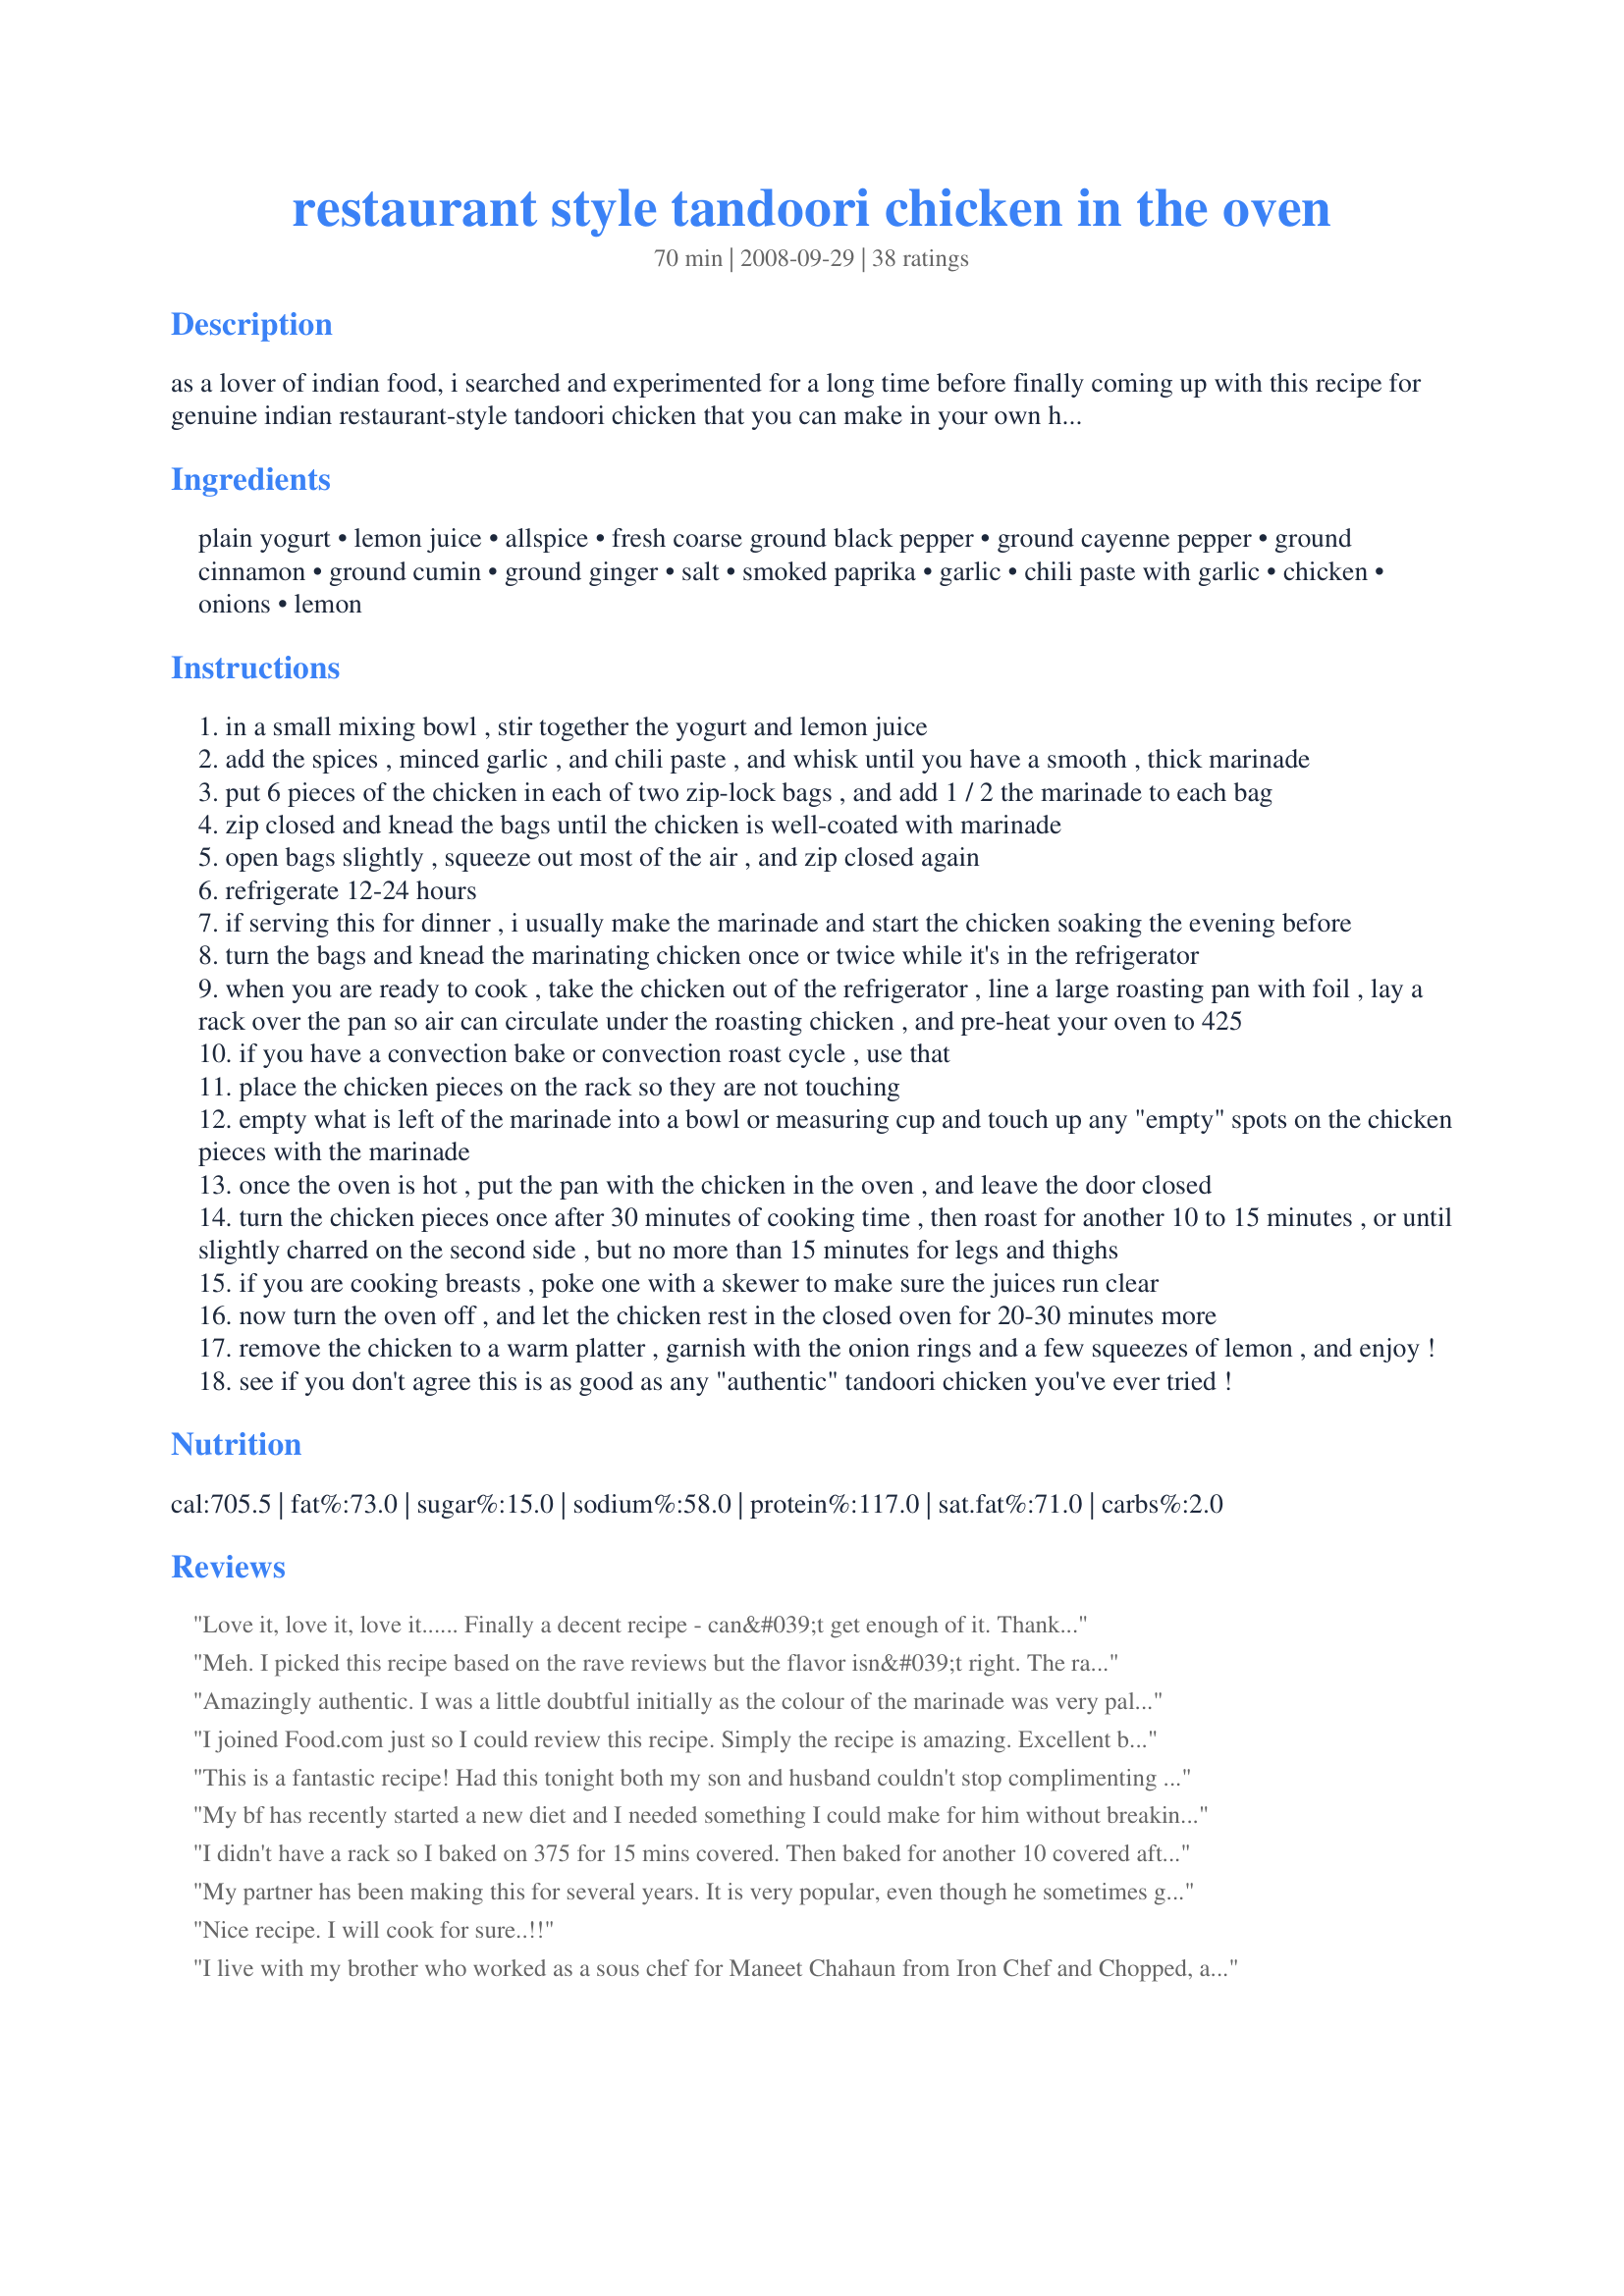
restaurant style tandoori chicken in the oven
Preparation time: 70 minutes

as a lover of indian food, i searched and experimented for a long time before finally coming up with this recipe for genuine indian restaurant-style tandoori chicken that you can make in your own home oven.

this recipe was just voted best tandoori chicken in san francisco by our "completely unbiased" review panel (consisting of several friends who have haunted san francisco's indian restaurants with us for the last few years!)

seriously, if you like tandoori chicken, you are going to love this one -- and it's easy, on top of that...

the quantities below make enough marinade for 4 generous servings -- we usually make a package each of 6 drumsticks and 6 thighs, but it would work equally well for a breast and leg quarter each for 4, as well.

Ingredients:
plain yogurt, lemon juice, allspice, fresh coarse ground black pepper, ground cayenne pepper, ground cinnamon, ground cumin, ground ginger, salt, smoked paprika, garlic, chili paste with garlic, chicken, onions, lemon

Steps:
in a small mixing bowl , stir together the yogurt and lemon juice
add the spices , minced garlic , and chili paste , and whisk until you have a smooth , thick marinade
put 6 pieces of the chicken in each of two zip-lock bags , and add 1 / 2 the marinade to each bag
zip closed and knead the bags until the chicken is well-coated with marinade
open bags slightly , squeeze out most of the air , and zip closed again
refrigerate 12-24 hours
if serving this for dinner , i usually make the marinade and start the chicken soaking the evening before
turn the bags and knead the marinating chicken once or twice while it's in the refrigerator
when you are ready to cook , take the chicken out of the refrigerator , line a large roasting pan with foil , lay a rack over the pan so air can circulate under the roasting chicken , and pre-heat your oven to 425
if you have a convection bake or convection roast cycle , use that
place the chicken pieces on the rack so they are not touching
empty what is left of the marinade into a bowl or measuring cup and touch up any "empty" spots on the chicken pieces with the marinade
once the oven is hot , put the pan with the chicken in the oven , and leave the door closed
turn the chicken pieces once after 30 minutes of cooking time , then roast for another 10 to 15 minutes , or until slightly charred on the second side , but no more than 15 minutes for legs and thighs
if you are cooking breasts , poke one with a skewer to make sure the juices run clear
now turn the oven off , and let the chicken rest in the closed oven for 20-30 minutes more
remove the chicken to a warm platter , garnish with the onion rings and a few squeezes of lemon , and enjoy !
see if you don't agree this is as good as any "authentic" tandoori chicken you've ever tried !

Reviews:
Love it, love it, love it......

Finally a decent recipe - can&#039;t get enough of it. Thank you very much for sharing.
Meh. I picked this recipe based on the rave reviews but the flavor isn&#039;t right. The ratios are off - too much allspice and cinnamon - and there&#039;s something missing. It doesn&#039;t taste bad, but neither does it taste like Tandoori Chicken.
Amazingly authentic. I was a little doubtful initially as the colour of the marinade was very pale but I realised when it was cooked and how great it tasted that the deep red colour in other dishes is probably colouring. Adding this recipe to my collection to make again.
I joined Food.com just so I could review this recipe. Simply the recipe is amazing. Excellent blend of flavors, easy to prepare and authentic tasting. THANK YOU JewelerByTradeChefWannabe!!!!!
This is a fantastic recipe! Had this tonight both my son and husband couldn't stop complimenting the chicken. I marinated chicken for 24 hours and with each bite you could taste all the flavors. Used only skinless chicken breast so my cooking time was cut to 30 minutes plus I had the heat at 375, so perfect!
My bf has recently started a new diet and I needed something I could make for him without breaking it but something different. Think I just found it thanks!
I didn't have a rack so I baked on 375 for 15 mins covered. Then baked for another 10 covered after flipping. I then baked for another 10 on 300 uncovered. The meat is nice and juicy but it is not spicy at all. The cinnamon is over-powering. Need to tweak for the future.
My partner has been making this for several years. It is very popular, even though he sometimes goes overboard with the chili. I came back here to print it again because our copy look worse for wear.
Nice recipe. I will cook for sure..!!
I live with my brother who worked as a sous chef for Maneet Chahaun from Iron Chef and Chopped, and I made this recipe twice for him in the past week alone. If anyone knows Indian food, it&#039;s him- and he goes back for seconds. My mother demanded the recipe. She was blown away at how tender the chicken turned out. We even made it for Christmas dinner. The only change I&#039;ve made is I add extra lemon and garlic. Be sure to use freshly minced garlic and be careful not to over cook the chicken. The house smells amazing when this is in the oven. I highly recommend it! Pair it with naan bread, cooked with butter, garlic and a little Parmesan.
Lovely!<br/><br/>I made a few modifications, which is normal for me. I tripled the amount of cayenne pepper, doubled the black pepper, quadrupled the paprika, and quadrupled the garlic. Used about double the chilli paste. (We like spiced up stuff in this house.) Used water buffalo curd instead of yoghurt - very similar dairy product, but the wb curd is thicker. Didn't have ginger *gasp!*, so that was omitted. Used about 1/2 to 2/3 the chicken and added chunks of potatoes and onions, all smothered in the yoghurt sauce. Didn't have time to marinade, so tossed all of it in a baking dish, so the chicken was not suspended, but rather sat in all the sauce along with everything else. Baked it for a bit over an hour, turning and stirring in between.<br/><br/>Love love love love love it. Will definitely make this again. :)
Well, that was disappointing. The whole &#039;no peeking&#039; didn&#039;t work out and the chicken is so dry and overcooked I can&#039;t even eat it. I had to throw it away in the trash and just bake it like I usually do in a pan. t
This is a really easy, great tasting recipe. The first time I only used chicken thighs and they turned out good. The second time I used a whole chicken, I made twice the amount of the marinate sauce, cooked in the oven at 400 degrees for about an hour cover, then uncovered it and broil it on both sides. It turned out great!! I did not have the Thai paste, but I use chilli powder. It was a bit spicy, very tasty.
When we go to our local market just because we are hungry for some street food in the shape of tandoori chicken we find these marinated pieces with a colour already added, dash of orange along with the different Herbs and Spices and plenty of yoghurt. This meat is then kept overnight in the cold winter's air if it is the winter or in a cool place if it is summer. What you call tandoori chicken is actually traditionally barbecued crispy delicious chicken which is slowly and steadily barbecued on red hot aromatic charcoal made up of wood.Ohhhh,wowww! I am really feeling hungwy...
Bland, bland, bland. Pretty much followed this recipe to a T, marinating chicken overnight, and still had very little flavor. Disappointing. The chicken was, however, very moist so that helped I suppose. Will continue to search for an oven baked tandoori chicken recipe...
WONDERFUL! Thank you Jeweler!&lt;br/&gt;We were planning a summer BBQ but there was rain in the forecast...and this recipe didn&#039;t disappoint! It was easy and wonderfully tasty!&lt;br/&gt;I marinaded for 24 hours and also added about 1/2 a tsp of red food colouring. I followed the cooking directions exactly and when I opened the oven the meat was a perfect 180 degrees!&lt;br/&gt;Thanks again for a &#039;keeper&#039;!
I can't vouch for the authenticity, but I can say that this is a terrific recipe. It's really not very difficult to pull the ingredients together, which is monumental when you have a 2-year-old! The skin came out so crisp, especially with the convection oven. The flavors were very unique and did remind me of some restaurants dishes in our South Indian community. Just the way to wake up your every day chicken!
This was soooo good! I was skeptical but it&#039;s better than anything I&#039;ve had at an Indian restaurant. It was the perfect amount of spicy for me, which is usually too spicy for most. I topped it with some cucumber raita which helps to cool things down. I am going to premix the dry spices in bulk and keep in a container for the future because I plan on making this again and again!!
LOVE THIS RECIPE!!! Tandoori chicken is one of my favorite dishes so have tried many varieties of it... This is the best oven baked tandoori's I've had. Served it with raita and naan.
Made it last night and it was delicious. The only thing that didn&#039;t work out for me is the red color. I thought cayenne and paprika would do this but it turned out more of a brown. Any idea why? I didn&#039;t have the thai sauce so I use sirracha. Thanks
Hi All

So I&#039;m very sad to say that after purchasing all the spices for this dish, it was a big let down. The recipe tastes wonderful, IF you&#039;re interested in taco flavored chicken. I should have searched a few recipes, as now I&#039;ve realized this recipe is missing all the flavors that make an indian dish authentic. Where is the garam masala? The turmeric? The curry? Anything? All I tasted in this dish was cumin and although I love the flavor, I definitely was expecting something else. Look up other recipes and you will see the color is even missing from this dish. I will have to try again. Once again- tastes good- not Indian authentic good.
Wow!! This is amazing! Made just as described. My chicken didn't have as bright a red color as in restaurants so I will probably add more red chili sauce next time. We couldn't believe how tender and flavorful the chicken was
I love this recipe. I make this pretty regularly, and I always refer to this recipe. Having said that, every time I get to the 'no peeking&quot; part (both of them), it irritates me. Why in particular is anyone going to 'peek' at the chicken?? I'm a grown woman. If there's some reason to keep the oven door shut, just say that. Don't scold me like I'm a ten-year-old.
This was excellent. I cooked up boneless skinless breasts for about 25 minutes in the convection oven. The color was tan, not red, so next time I may add some red food coloring. I was worried that 2 teaspoons of salt would be too much but it was perfect!
I followed the recipe and thought the tandoori mix was a little pink however I continued with the recipe and roasted the chicken in the oven, it was beautiful, my wife wanted some after she said she wasn't hungry! Reluctantly I gave her some. This is one of the best recipes for tandoori chicken I've ever had. I'm just making my second batch today with some extra chicken for my wife. Thanks Oh just thought I'd mention I added a half teaspoon of tandoori powder to the mix for extra bite but it's not essential, also I cubed the chicken into bite sized pieces, yum yum
Flavour was good, but so dried out, should have cooked it in covered baking pan and it may have turned out like the other positive reviews. Followed the recipe exactly as posted.
OH BOY DID THIS E-X-C-I-T-E! Have this for night! Bought some tandoori colouring when last time in spice shop, I could go on about the colouring (which is wonderful) but will STOP lol 
This is the best it can be!
What an authentic dish this was to me!
Added less than 1/4 teaspoon tandoori colouring, TRUE!
I have read can simply add a drop or two of red food colouring dye too!
OK, I used chicken tenders, worked for me!
Initially heated oven to 220C, then lowered it to 200, as was instinctual for me!
Watch it slightly char, was lovely too!
When I turned them over, I reapplied what was left of the marinated too!
Lowered oven to 180C, cooked for ten minutes, rested for 30,
worked PERFECT!!! ABSOLUTLEY PERFECT for me!
Think the key is making sure whatever chicken you use, don't dry it out!
AS THIS IS A GREAT RECIPE I CERTAINLY DO SHOUT!!! lol
THANKS!
UPDATE: Served this with
Cucumber, Mint, and Tomato Raita
Recipe #173964 
TRUE!
Slices of red onion, lemon juice...YUMBERINI WHOO HOO!
Made this recipe tonight and it came out exactly as I was hoping! The only change I made was using Frank&#039;s Hot Sauce instead of the chili paste. Served it with cucumber/yogurt/raisin salad and basmati rice. Big Yums from all around! I will definitely make this again! Thanks so much for this recipe.
Excellent recipe! A house favorite!
Fantastic! Family loved it, even though my chicken was a bit overdone. This due to my using smaller pieces of breast, and not adjusting the time sufficiently. Flavors were super - made this with cumin rice, a simple salad and yogurt raita.
Great flavor! Found the ingredients at a local Asian market and I grilled it instead of baking.
I have made this recipe twice now. This review is on my first attempt in which I followed the recipe verbatim.&lt;br/&gt;This recipe is awesome! Not quite hot enough for my liking but that is easily fixable by tweaking a few of the ingredients.&lt;br/&gt;&lt;br/&gt;On my second attempt, I made two batches. One again exactly as the recipe specified and the second time I doubled the cayenne, doubled the Chili Garlic paste, and added a teaspoon of Hot Curry. Still not quite hot enough... but the flavor is right on.&lt;br/&gt;&lt;br/&gt;I uploaded an image showing my HOT batch of thighs. About 1/2 tsp of red food coloring was also added.
What an amazing recipe! So easy to follow, and an amazing result.
I used fresh chillies instead of paste, and added turmeric for extra depth in colour.
End result was a juicy, tasty, mouthwateringly good tandoori chicken! 5 stars.
Delicious, but next time I will reduce the cayenne pepper and the Thai chile paste by half. I prefer being able to taste the chicken in a chicken dish! Also, I think that marinating the chicken for more than an hour or so is a waste of time since the marinade is so strong and thick. If it penetrated any more deeply into the meat, you might as well just eat the marinade and eliminate the chicken.
Moist, tender and very tasty
Didn’t taste like restaurant style Tandoori chicken at all. I followed the recipe exactly but use Greek style yogurt and did not use chili paste which was optional. Could that be it? Disappointed.
This recipe was AMAZING. I had a chef over for dinner and her 2 foodies and they licked their plates clean. Out of this world. Because I didn't have time to marinate the chicken, I baked it in a covered baking pot in all it's ingredients adding onions sliced round on top. I used 4 skinless chicken breasts and sliced them in half & tenderized them a bit with a mallet. I put all of the ingredients of the marinade in the pot with the chicken and while the oven heated up - it sat soaking in those yummy juices for about 30 minutes. Then I cooked it at 450 for 30 minutes then turned each piece over and cooked it for another 20 - 30 minutes. Took it out and as my guests arrived, I guess it sat in the pot in it's juices for another hour. To go along with the chicken I made saag and a mint chutney and heated up whole wheat pita. My chef friend made a dill cucumber yogurt salad with baby tomatoes that was the perfect addition to the meal. We were stuffed after 1 helping. I can't wait to make this meal again. Thanks for posting it and for everyone's person renditions.
I&#039;m Punjabi and I was *so impressed* with this recipe! I love tandoori chicken and it is so difficult (impossible) to replicate at home. When I first pulled the chicken out of the oven I was a little disappointed because it didn&#039;t look like true tandoori chicken but the taste and crusty texture was almost identical! This will definitely be my go-to recipe for tandoori anything! Here are my deviations from the recipe as written: I used boneless skinless chicken breasts and marinated 24 hrs. I prepared my &quot;roasting rack&quot; (microwave insert with plastic pieces removed) by brushing both sides with canola oil (in addition to lining the roasting pan with foil)- this made a *huge* difference when cleaning up (I still had to toss it in the dishwasher but the crusted marinade was so easy to scrape off after!); if you prep your rack this way, brush with oil over a paper-towel lined surface, not over your roasting pan: the excess oil from brushing will smoke so you want the minimum amount needed. I served the chicken with basmati rice and fresh mint in addition to the lemon juice and raw onion. Thank you, JewelerByTradeChefWannabe for an incredibly authentic recipe! I can&#039;t wait to try it with lamb and veggies.
